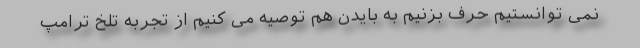
نمی توانستیم حرف بزنیم به بایدن هم توصیه می کنیم از تجربه تلخ ترامپ